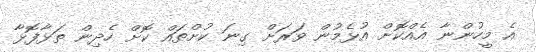
އެ މީހުންނާ އެއްކޮށް އުޅެމުން ވަރަށް ގިނަ ކުށްތައް ކޮށް ހެދިން ތަޅާފޮޅާ